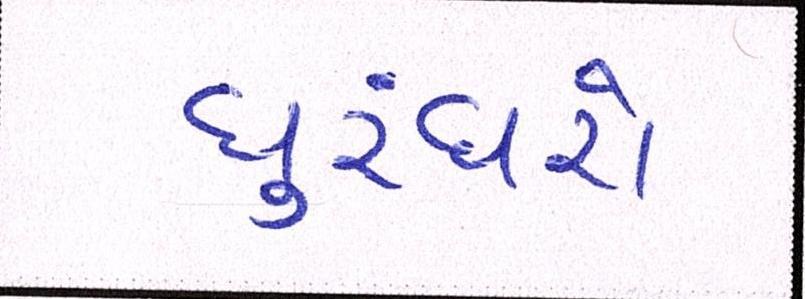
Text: ધુરંધરો